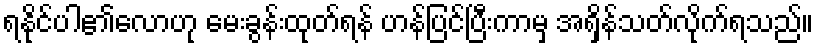
ရနိုင်ပါ၏လောဟု မေးခွန်းထုတ်ရန် ဟန်ပြင်ပြီးကာမှ အရှိန်သတ်လိုက်ရသည်။